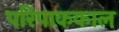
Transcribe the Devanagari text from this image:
परिपाककाल